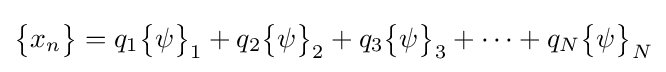
{\begin{Bmatrix}x_{n}\end{Bmatrix}}=q_{1}{\begin{Bmatrix}\psi \end{Bmatrix}}_{1}+q_{2}{\begin{Bmatrix}\psi \end{Bmatrix}}_{2}+q_{3}{\begin{Bmatrix}\psi \end{Bmatrix}}_{3}+\cdots +q_{N}{\begin{Bmatrix}\psi \end{Bmatrix}}_{N}